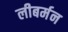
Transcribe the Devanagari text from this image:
लीबर्मन